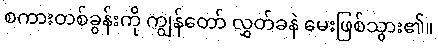
စကားတစ်ခွန်းကို ကျွန်တော် လွှတ်ခနဲ မေးဖြစ်သွား၏။